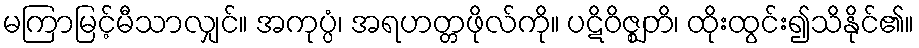
မကြာမြင့်မီသာလျှင်။ အကုပ္ပံ၊ အရဟတ္တဖိုလ်ကို။ ပဋိဝိဇ္ဈတိ၊ ထိုးထွင်း၍သိနိုင်၏။